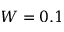
W = 0 . 1